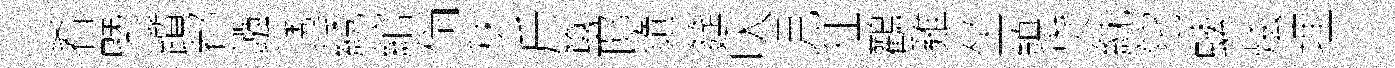
肴㮣躓都鏹透綉綰倘秣斤簋邸隨筵㕥児征鸛雞坐鎮贷紞陀螭炫埋